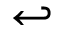
\hookleftarrow